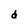
Character: d